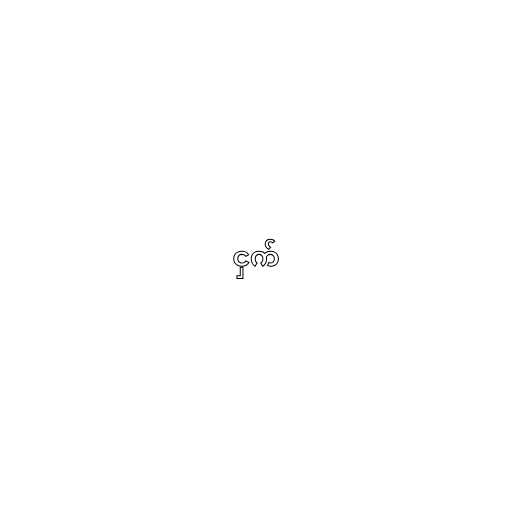
ငှက်